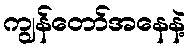
ကျွန်တော်အနေနဲ့